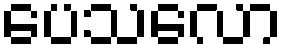
ပေသလော